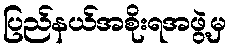
ပြည်နယ်အစိုးရအဖွဲ့မှ